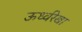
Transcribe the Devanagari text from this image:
ऊर्ध्वरेखा